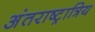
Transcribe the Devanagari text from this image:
अंतराष्ट्रात्रिय